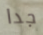
جدا